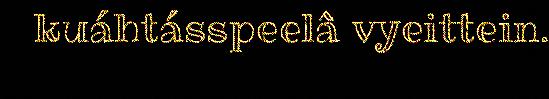
kuáhtásspeelâ vyeittein.